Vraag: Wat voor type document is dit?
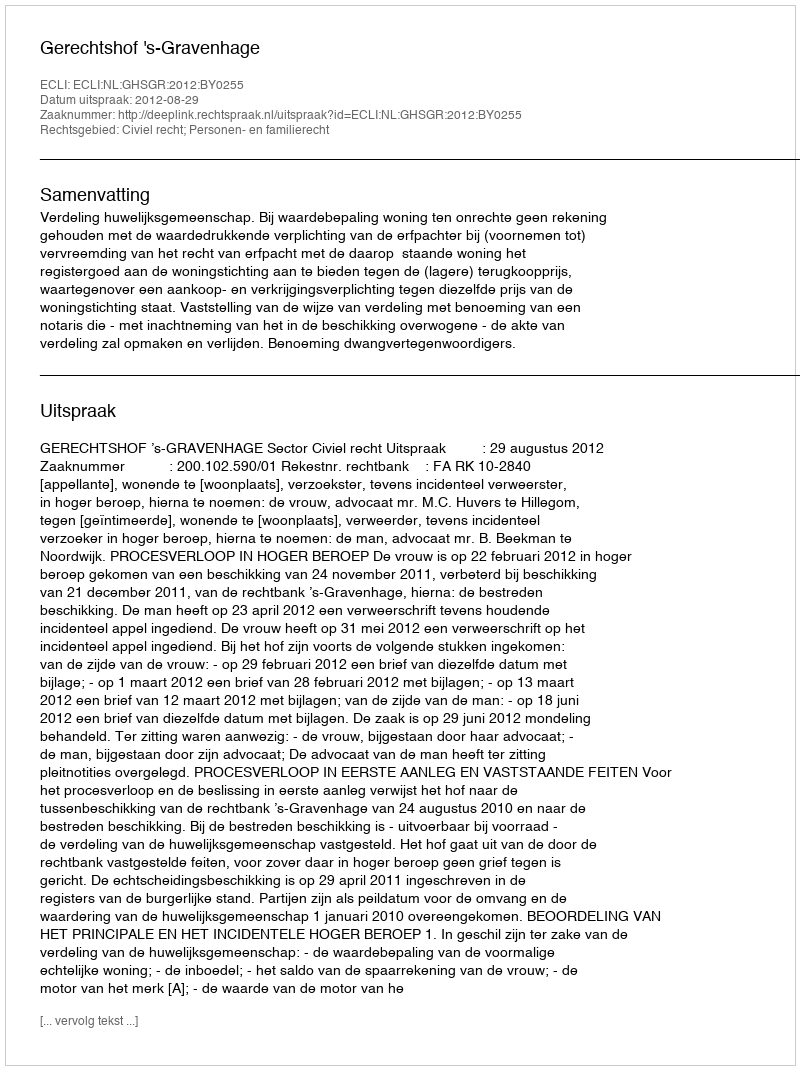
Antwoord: Uitspraak